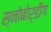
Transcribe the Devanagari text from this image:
स्नोबोर्डींग